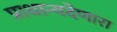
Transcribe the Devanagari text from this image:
प्राधान्यदेणारा